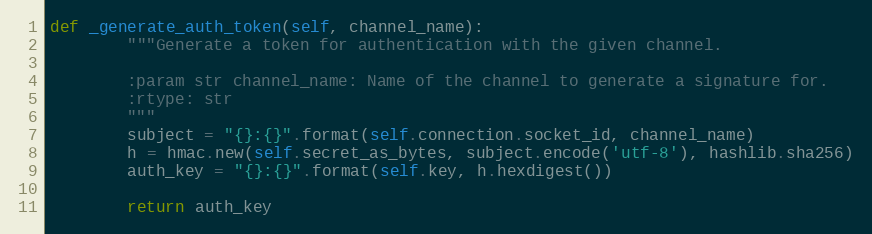
Language: Python
def _generate_auth_token(self, channel_name):
        """Generate a token for authentication with the given channel.

        :param str channel_name: Name of the channel to generate a signature for.
        :rtype: str
        """
        subject = "{}:{}".format(self.connection.socket_id, channel_name)
        h = hmac.new(self.secret_as_bytes, subject.encode('utf-8'), hashlib.sha256)
        auth_key = "{}:{}".format(self.key, h.hexdigest())

        return auth_key